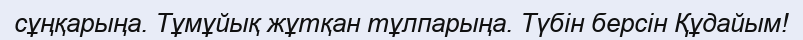
сұңқарыңа. Тұмұйық жұтқан тұлпарыңа. Түбін берсін Құдайым!